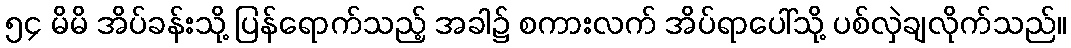
၅၄ မိမိ အိပ်ခန်းသို့ ပြန်ရောက်သည့် အခါ၌ စကားလက် အိပ်ရာပေါ်သို့ ပစ်လှဲချလိုက်သည်။